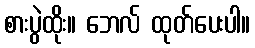
စားပွဲထိုး။ ဘေလ် ထုတ်ပေးပါ။